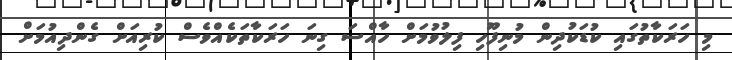
މި ހަރަކާތުގައި ކުޑަކުދިން މުނިފޫހި ފިލުވުމަށް ހާއްސަ ގިނަ ހަރަކާތަކެއްވެސް ކުރިއަށް ގެންދިއުމަށް